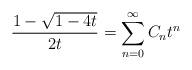
LaTeX: \begin{align*}\frac{1-\sqrt{1-4t}}{2t}=\sum_{n=0}^{\infty }C_{n}t^{n} \end{align*}